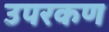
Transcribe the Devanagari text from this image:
उपरकण